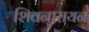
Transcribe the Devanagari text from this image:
शिवनारायन